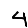
Digit: 4